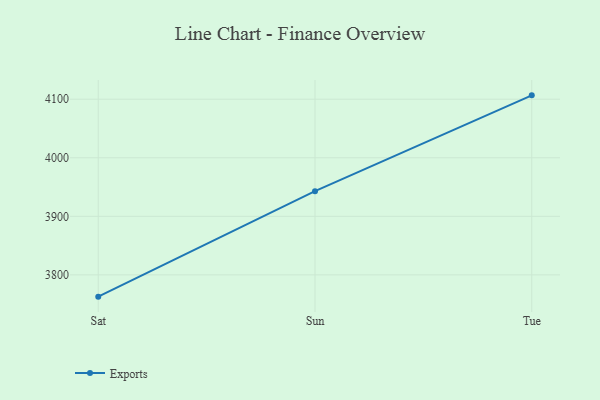
{"axis": {"x": "Day", "y": "Backlog"}, "legend": ["Exports"], "data": [{"x": "Sat", "y": 3762.8, "type": "Exports"}, {"x": "Sun", "y": 3943.0, "type": "Exports"}, {"x": "Tue", "y": 4106.6, "type": "Exports"}]}